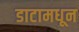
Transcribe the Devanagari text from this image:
डाटामधून